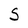
Character: S